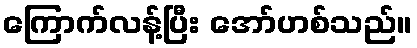
ကြောက်လန့်ပြီး အော်ဟစ်သည်။